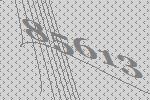
85613